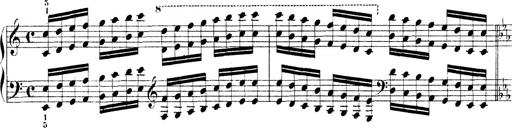
Title: Technische Studien
Composer: Franz Liszt